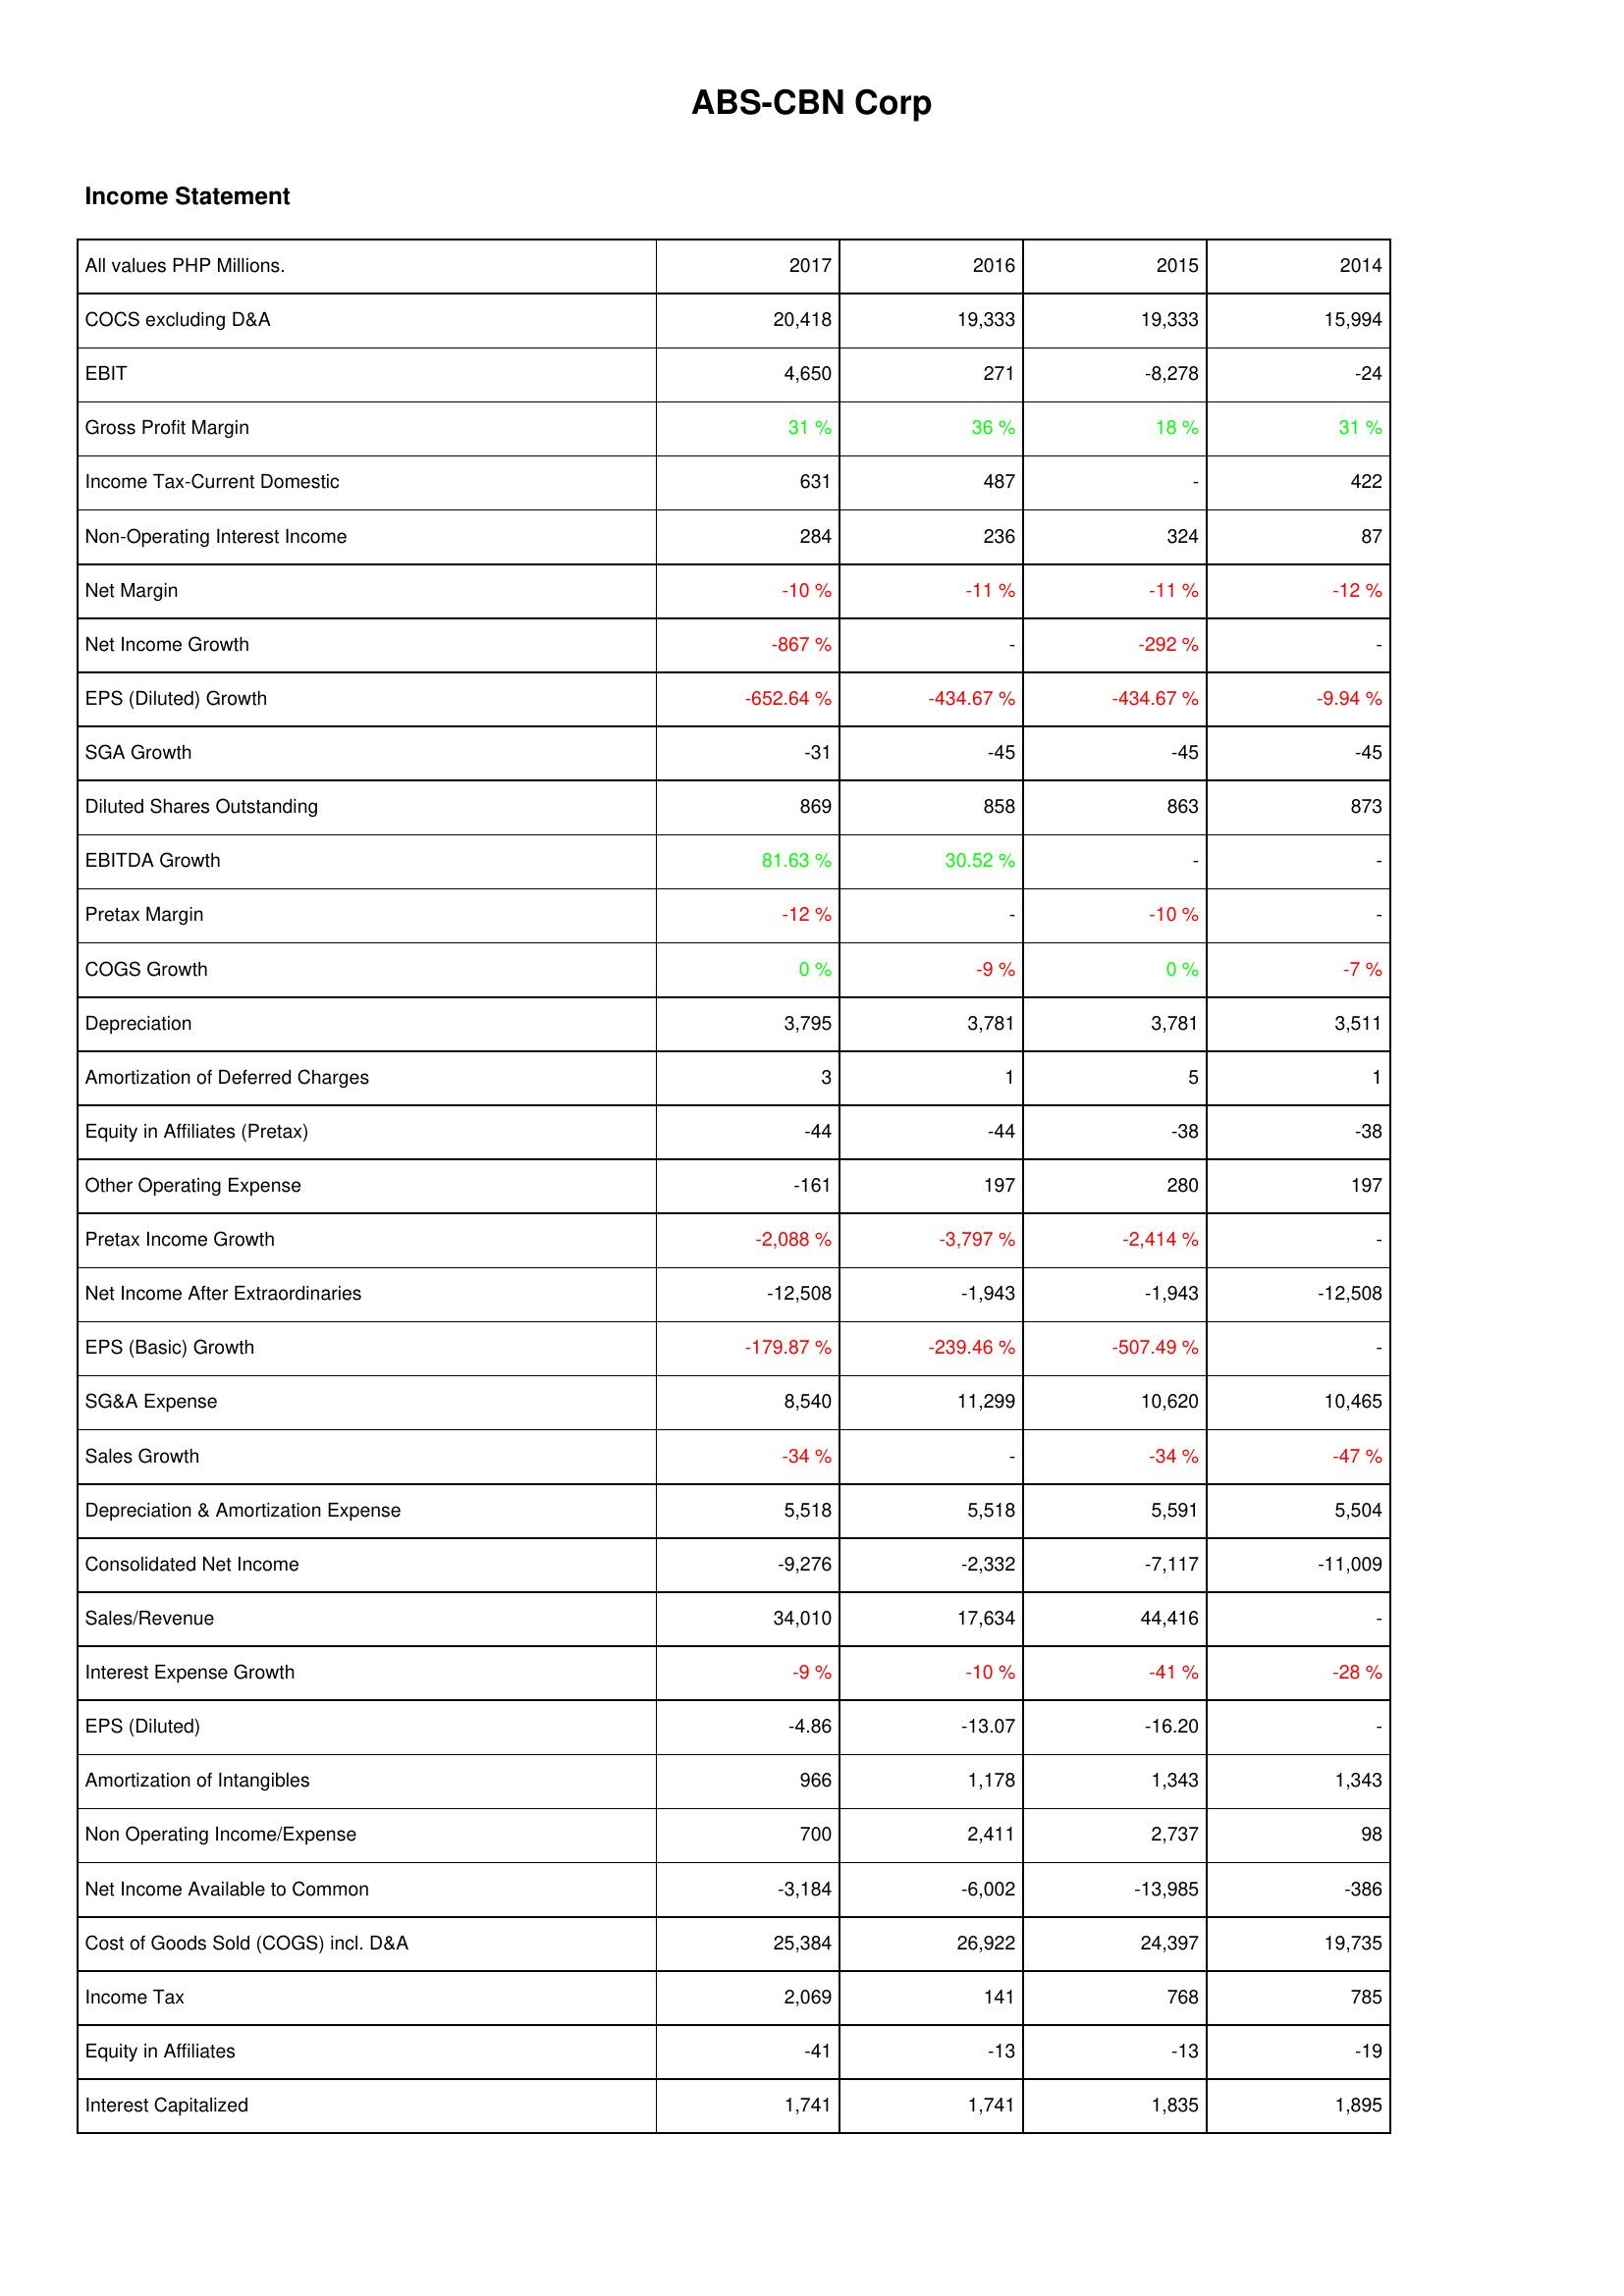
2017: Income Statement: COCS excluding D&A: 20,418
EBIT: 4,650
Gross Profit Margin: 31 %
Income Tax-Current Domestic: 631
Non-Operating Interest Income: 284
Net Margin: -10 %
Net Income Growth: -867 %
EPS (Diluted) Growth: -652.64 %
SGA Growth: -31
Diluted Shares Outstanding: 869
EBITDA Growth: 81.63 %
Pretax Margin: -12 %
COGS Growth: 0 %
Depreciation: 3,795
Amortization of Deferred Charges: 3
Equity in Affiliates (Pretax): -44
Other Operating Expense: -161
Pretax Income Growth: -2,088 %
Net Income After Extraordinaries: -12,508
EPS (Basic) Growth: -179.87 %
SG&A Expense: 8,540
Sales Growth: -34 %
Depreciation & Amortization Expense: 5,518
Consolidated Net Income: -9,276
Sales/Revenue: 34,010
Interest Expense Growth: -9 %
EPS (Diluted): -4.86
Amortization of Intangibles: 966
Non Operating Income/Expense: 700
Net Income Available to Common: -3,184
Cost of Goods Sold (COGS) incl. D&A: 25,384
Income Tax: 2,069
Equity in Affiliates: -41
Interest Capitalized: 1,741
2016: Income Statement: COCS excluding D&A: 19,333
EBIT: 271
Gross Profit Margin: 36 %
Income Tax-Current Domestic: 487
Non-Operating Interest Income: 236
Net Margin: -11 %
Net Income Growth: -
EPS (Diluted) Growth: -434.67 %
SGA Growth: -45
Diluted Shares Outstanding: 858
EBITDA Growth: 30.52 %
Pretax Margin: -
COGS Growth: -9 %
Depreciation: 3,781
Amortization of Deferred Charges: 1
Equity in Affiliates (Pretax): -44
Other Operating Expense: 197
Pretax Income Growth: -3,797 %
Net Income After Extraordinaries: -1,943
EPS (Basic) Growth: -239.46 %
SG&A Expense: 11,299
Sales Growth: -
Depreciation & Amortization Expense: 5,518
Consolidated Net Income: -2,332
Sales/Revenue: 17,634
Interest Expense Growth: -10 %
EPS (Diluted): -13.07
Amortization of Intangibles: 1,178
Non Operating Income/Expense: 2,411
Net Income Available to Common: -6,002
Cost of Goods Sold (COGS) incl. D&A: 26,922
Income Tax: 141
Equity in Affiliates: -13
Interest Capitalized: 1,741
2015: Income Statement: COCS excluding D&A: 19,333
EBIT: -8,278
Gross Profit Margin: 18 %
Income Tax-Current Domestic: -
Non-Operating Interest Income: 324
Net Margin: -11 %
Net Income Growth: -292 %
EPS (Diluted) Growth: -434.67 %
SGA Growth: -45
Diluted Shares Outstanding: 863
EBITDA Growth: -
Pretax Margin: -10 %
COGS Growth: 0 %
Depreciation: 3,781
Amortization of Deferred Charges: 5
Equity in Affiliates (Pretax): -38
Other Operating Expense: 280
Pretax Income Growth: -2,414 %
Net Income After Extraordinaries: -1,943
EPS (Basic) Growth: -507.49 %
SG&A Expense: 10,620
Sales Growth: -34 %
Depreciation & Amortization Expense: 5,591
Consolidated Net Income: -7,117
Sales/Revenue: 44,416
Interest Expense Growth: -41 %
EPS (Diluted): -16.20
Amortization of Intangibles: 1,343
Non Operating Income/Expense: 2,737
Net Income Available to Common: -13,985
Cost of Goods Sold (COGS) incl. D&A: 24,397
Income Tax: 768
Equity in Affiliates: -13
Interest Capitalized: 1,835
2014: Income Statement: COCS excluding D&A: 15,994
EBIT: -24
Gross Profit Margin: 31 %
Income Tax-Current Domestic: 422
Non-Operating Interest Income: 87
Net Margin: -12 %
Net Income Growth: -
EPS (Diluted) Growth: -9.94 %
SGA Growth: -45
Diluted Shares Outstanding: 873
EBITDA Growth: -
Pretax Margin: -
COGS Growth: -7 %
Depreciation: 3,511
Amortization of Deferred Charges: 1
Equity in Affiliates (Pretax): -38
Other Operating Expense: 197
Pretax Income Growth: -
Net Income After Extraordinaries: -12,508
EPS (Basic) Growth: -
SG&A Expense: 10,465
Sales Growth: -47 %
Depreciation & Amortization Expense: 5,504
Consolidated Net Income: -11,009
Sales/Revenue: -
Interest Expense Growth: -28 %
EPS (Diluted): -
Amortization of Intangibles: 1,343
Non Operating Income/Expense: 98
Net Income Available to Common: -386
Cost of Goods Sold (COGS) incl. D&A: 19,735
Income Tax: 785
Equity in Affiliates: -19
Interest Capitalized: 1,895